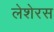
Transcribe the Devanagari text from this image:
लेशेरस